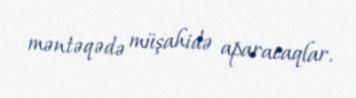
məntəqədə müşahidə aparacaqlar.